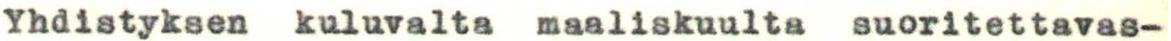
Yhdistyksen kuluvalta maaliskuulta suoritettavas-